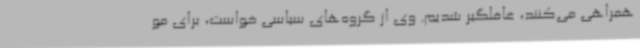
همراهی می‌کنند، غافلگیر شدیم. وی از گروه‌های سیاسی خواست، برای مو